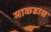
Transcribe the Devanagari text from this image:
माकडास